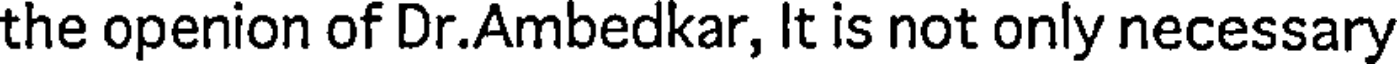
the openion of Dr.Ambedkar, It is not only necessary